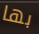
بها